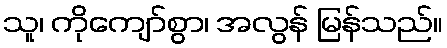
သူ၊ ကိုကျော်စွာ၊ အလွန် မြန်သည်။